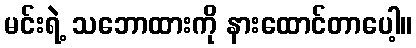
မင်းရဲ့ သဘောထားကို နားထောင်တာပေါ့။